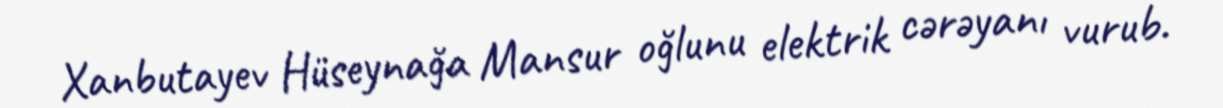
Xanbutayev Hüseynağa Mansur oğlunu elektrik cərəyanı vurub.